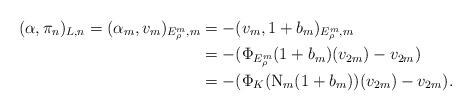
LaTeX: \begin{align*} (\alpha,\pi_n)_{L,n}= (\alpha_m,v_m)_{E_{\rho}^m,m} & = -(v_m, 1+b_m)_{E_{\rho}^m,m} \\ & = - (\Phi_{E_{\rho}^m}(1+b_m)(v_{2m})-v_{2m})\\ & = - (\Phi_K(\operatorname{N}_m(1+b_m))(v_{2m})- v_{2m}).\end{align*}